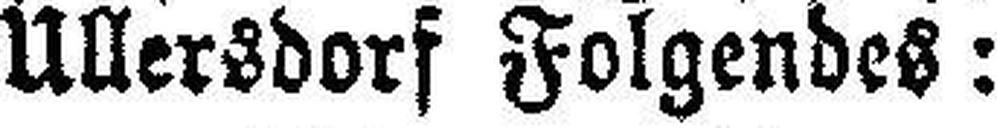
Ullersdorf Folgendes: